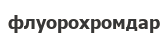
флуорохромдар